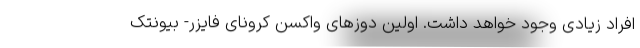
افراد زیادی وجود خواهد داشت. اولین دوزهای واکسن کرونای فایزر- بیونتک